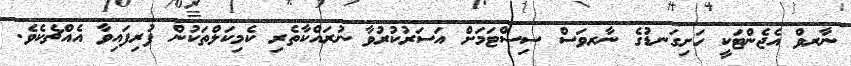
ނާރވް އެޖެންޓަކީ ހަށިގަނޑުގެ ނާރވަސް ސިސްޓަމަށް އަސަރުކުރުވާ ނުރައްކާތެރި ކެމިކަލްތަކުން ފުރިފައިވާ އެއްޗެކެވެ.